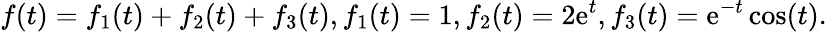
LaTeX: f(t)=f_{1}(t)+f_{2}(t)+f_{3}(t),f_{1}(t)=1,f_{2}(t)=2\mathrm{e}^{t},f_{3}(t)=\mathrm{e}^{-t}\cos(t).